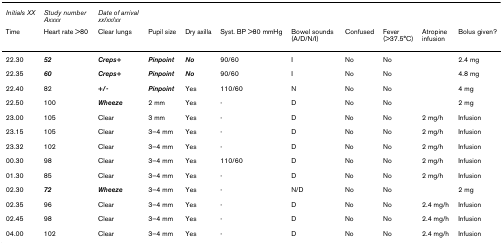
<table><thead><tr><td><b><i>Initials XX</i></b></td><td><b><i>Study number Axxxx</i></b></td><td><b><i>Date of arrival xx/xx/xx</i></b></td><td></td><td></td><td></td><td></td><td></td><td></td><td></td><td></td></tr><tr><td><b>Time</b></td><td><b>Heart rate &gt;80</b></td><td><b>Clear lungs</b></td><td><b>Pupil size</b></td><td><b>Dry axilla</b></td><td><b>Syst. BP &gt;80 mmHg</b></td><td><b>Bowel sounds (A/D/N/I)</b></td><td><b>Confused</b></td><td><b>Fever (&gt;37.5°C)</b></td><td><b>Atropine infusion</b></td><td><b>Bolus given?</b></td></tr></thead><tbody><tr><td>22.30</td><td><b><i>52</i></b></td><td><b><i>Creps+</i></b></td><td><b><i>Pinpoint</i></b></td><td><b><i>No</i></b></td><td>90/60</td><td>I</td><td>No</td><td>No</td><td></td><td>2.4 mg</td></tr><tr><td>22.35</td><td><b><i>60</i></b></td><td><b><i>Creps+</i></b></td><td><b><i>Pinpoint</i></b></td><td><b><i>No</i></b></td><td>90/60</td><td>I</td><td>No</td><td>No</td><td></td><td>4.8 mg</td></tr><tr><td>22.40</td><td>82</td><td><b>+/-</b></td><td><b><i>Pinpoint</i></b></td><td>Yes</td><td>110/60</td><td>N</td><td>No</td><td>No</td><td></td><td>4 mg</td></tr><tr><td>22.50</td><td>100</td><td><b><i>Wheeze</i></b></td><td>2 mm</td><td>Yes</td><td>-</td><td>D</td><td>No</td><td>No</td><td></td><td>2 mg</td></tr><tr><td>23.00</td><td>105</td><td>Clear</td><td>3 mm</td><td>Yes</td><td>-</td><td>D</td><td>No</td><td>No</td><td>2 mg/h</td><td>Infusion</td></tr><tr><td>23.15</td><td>105</td><td>Clear</td><td>3–4 mm</td><td>Yes</td><td>-</td><td>D</td><td>No</td><td>No</td><td>2 mg/h</td><td>Infusion</td></tr><tr><td>23.32</td><td>102</td><td>Clear</td><td>3–4 mm</td><td>Yes</td><td>-</td><td>D</td><td>No</td><td>No</td><td>2 mg/h</td><td>Infusion</td></tr><tr><td>00.30</td><td>98</td><td>Clear</td><td>3–4 mm</td><td>Yes</td><td>110/60</td><td>D</td><td>No</td><td>No</td><td>2 mg/h</td><td>Infusion</td></tr><tr><td>01.30</td><td>85</td><td>Clear</td><td>3–4 mm</td><td>Yes</td><td>-</td><td>D</td><td>No</td><td>No</td><td>2 mg/h</td><td>Infusion</td></tr><tr><td>02.30</td><td><b><i>72</i></b></td><td><b><i>Wheeze</i></b></td><td>3–4 mm</td><td>Yes</td><td>-</td><td>N/D</td><td>No</td><td>No</td><td></td><td>2 mg</td></tr><tr><td>02.35</td><td>96</td><td>Clear</td><td>3–4 mm</td><td>Yes</td><td>-</td><td>D</td><td>No</td><td>No</td><td>2.4 mg/h</td><td>Infusion</td></tr><tr><td>02.45</td><td>98</td><td>Clear</td><td>3–4 mm</td><td>Yes</td><td>-</td><td>D</td><td>No</td><td>No</td><td>2.4 mg/h</td><td>Infusion</td></tr><tr><td>04.00</td><td>102</td><td>Clear</td><td>3–4 mm</td><td>Yes</td><td>-</td><td>D</td><td>No</td><td>No</td><td>2.4 mg/h</td><td>Infusion</td></tr></tbody></table>